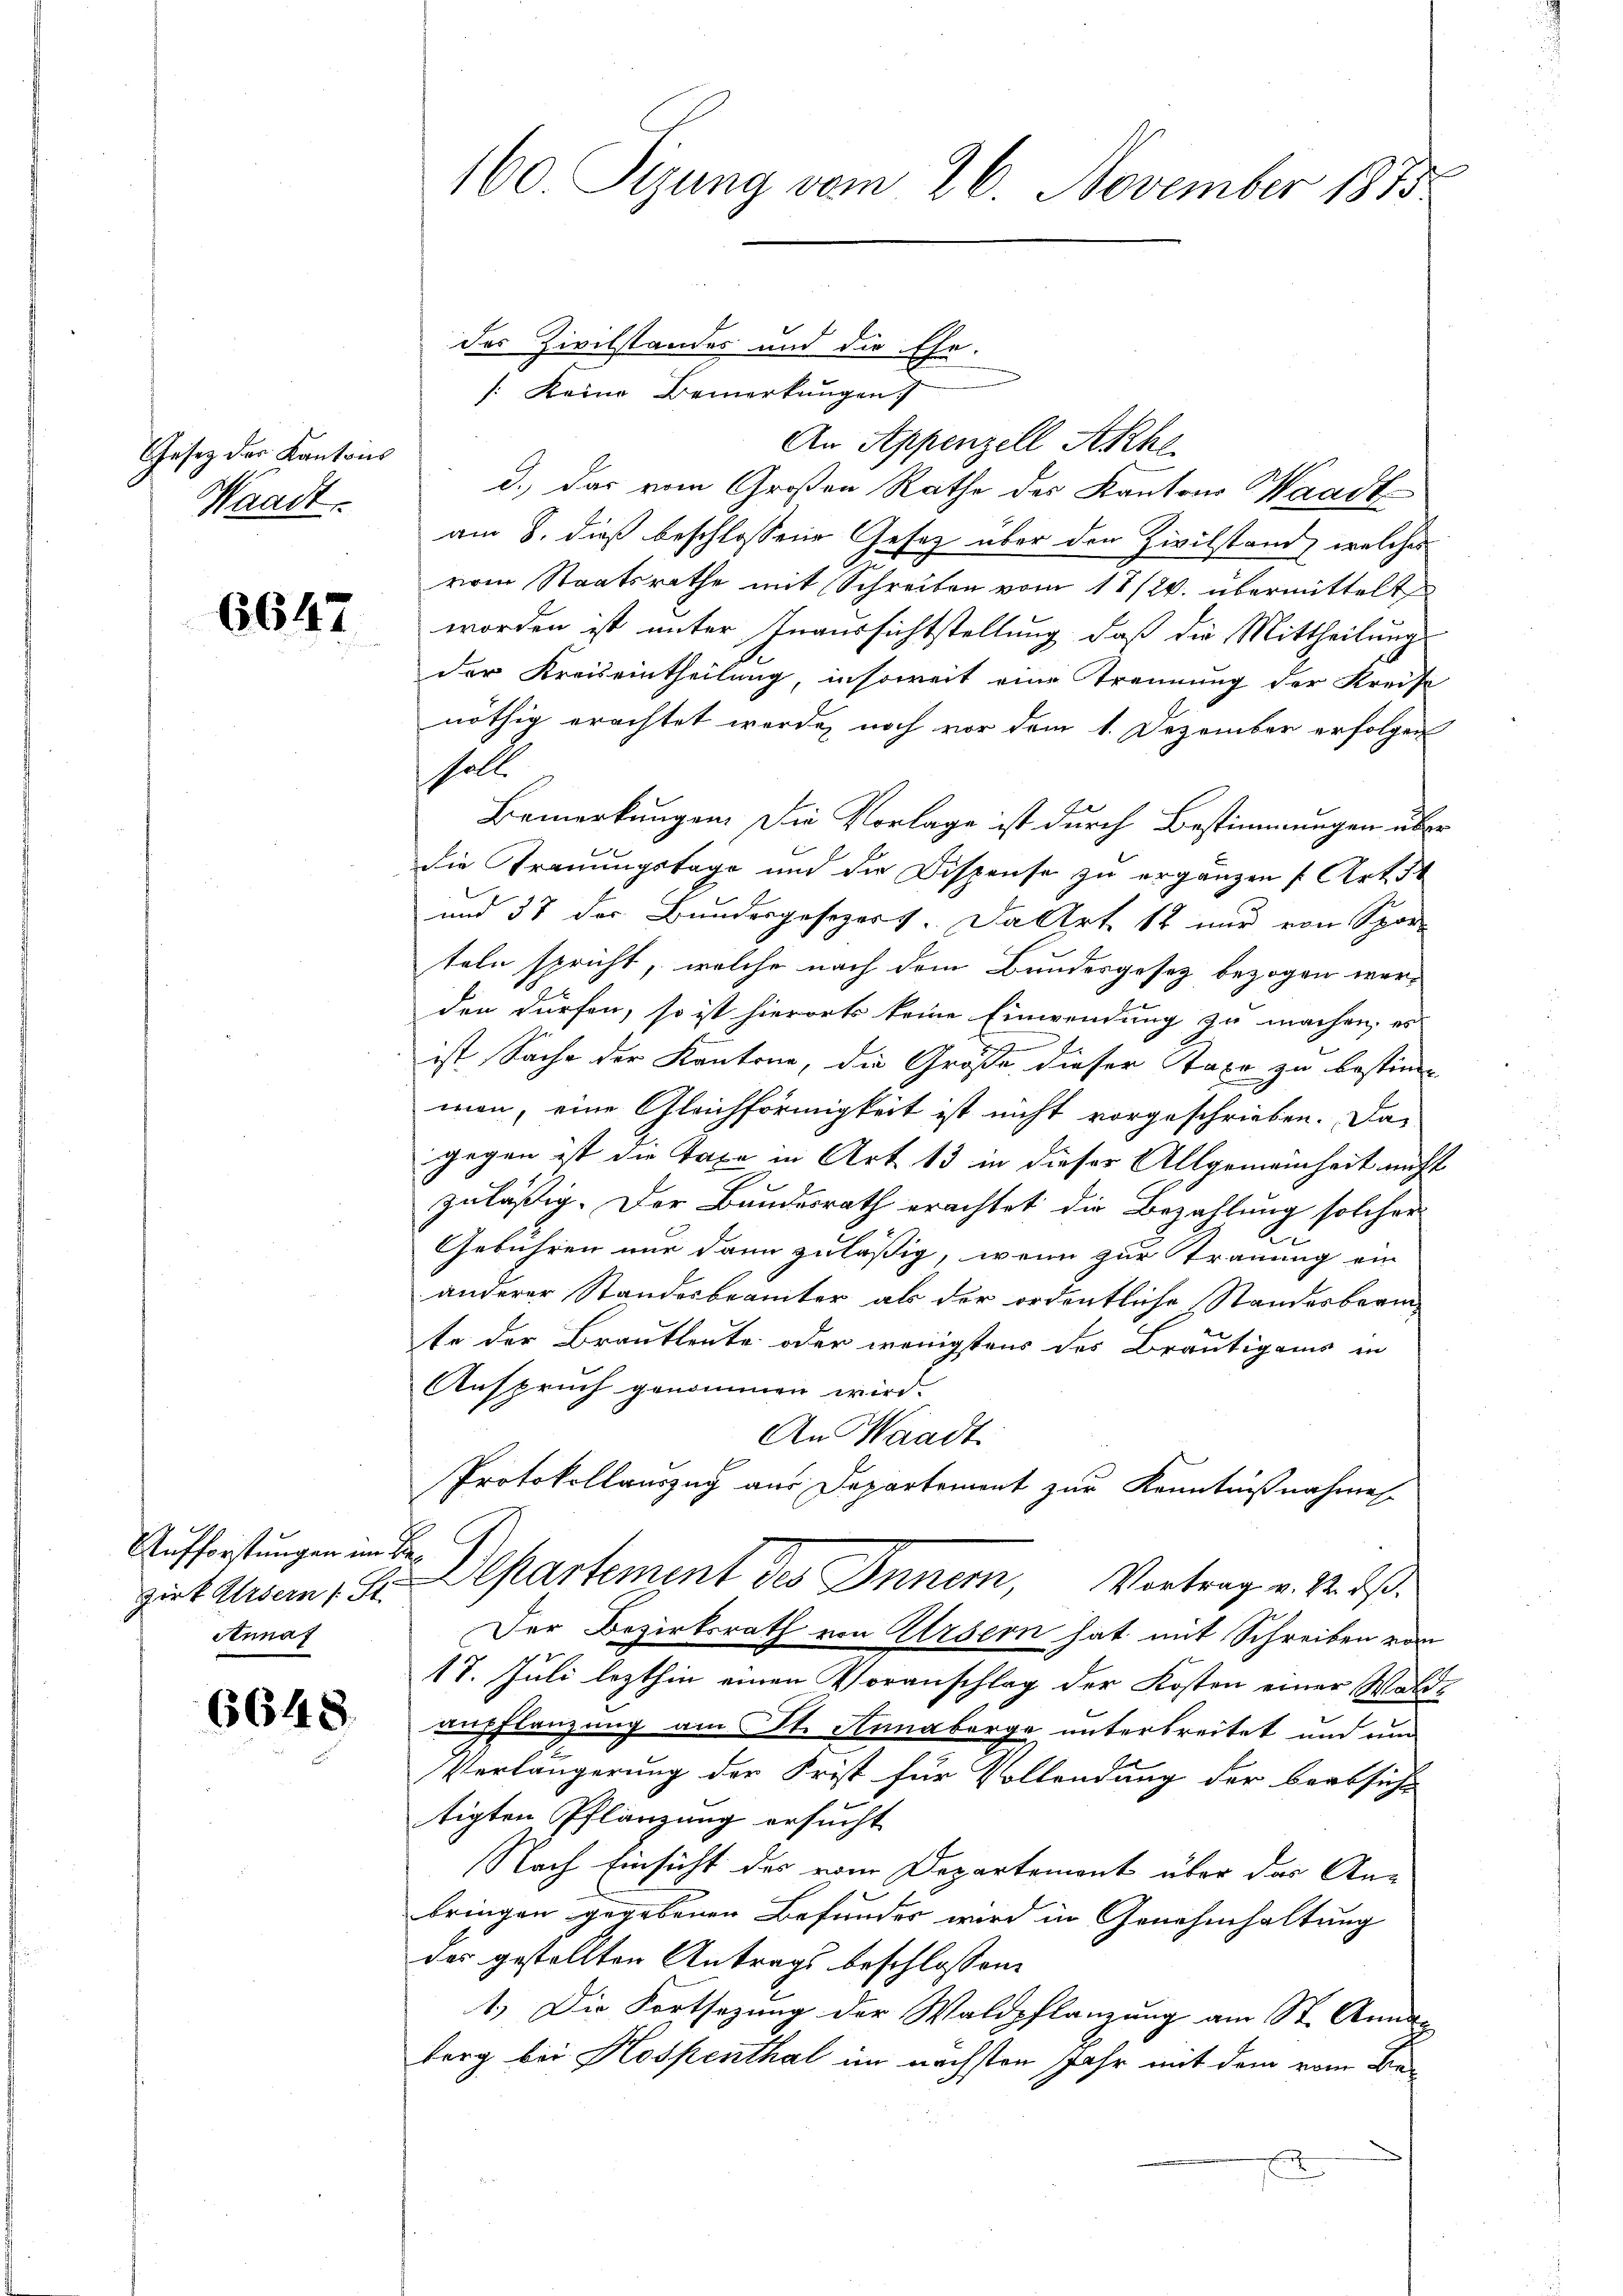
Gesetz der Kantons
Waadt.

6647

Aufforstungen im Bezirk Arsern (: St.
Annaf

6648.

160 Sizung vom 26. November 1885

des Zivilstandes und die Ehe-
: Keine Bemerkungen
An Appenzell Akhe
d.) Das vom Großen Rathe des Kantons Waadt
am 8. dieß beschlossene Gesetz über den Zivilstand, welches
rem Staatsrathe mit Schreiben vom 11/2. übermittelt
worden ist unter Inaussichtstellung, daß die Mittheilung
der Kreiseintheilung insoweit eine Trennung der Kreise
nöthig erachtet werde, noch vor dem 1. Dezember erfolgen
halte
Bemerkungen. Die Vorlage ist durch Bestimmungen über
die Trauungstage und die Dispense zu ergänzen (Art. 54
und 38 der Bundesgesezers. Da Art 12 nur von Spor
teln spricht, welche nach dem Bundesgesetz bezogen werden dürfen, so ist hierorts keine Einwendung zu machen, es
.
ist Sache der Kantone, die Größe dieser Taxe zu bestim
wen, eine Gleichförmigkeit ist nicht vorgeschrieben. Das
gegen ist die Taxe in Art 13 in dieser Allgemeinheit nicht
zuläßig. Der Bundesrath erachtet die Bezahlung solcher
p
Gebühren nur dann zuläßig, wenn zur Trauung ein
anderer Standesbeamter als der ordentliche Standesbarm
te der Brautleute oder wenigstens des Bräutigams in
Anspruch genommen wird.
An Waadt
Protokollauszug aus Departement zur Kenntnißnahmes
Departement des Innern, Vortrag v. M. d.
Der Bezirksrath von Ursern hat mit Schreiben vom
17. Juli lezthin einen Voranschlag der Kosten einer Waldaupflanzung am St. Annaberge unterbreitet und un
Verlängerung der Frist für Vollendung der beabsicht
tigten Pflanzung ersucht
Nach Einsicht des vom Departement über das Anbringen gegebenen Befundes wird in Genehmhaltung
der gestellten Antrags beschlossene
1.) Die Fortsezung der Waldpflanzung am St. Annaberg bei Hospenthal im nächsten Jahr mit dem vom Be¬
.